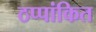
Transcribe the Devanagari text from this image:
ठप्पांकित